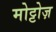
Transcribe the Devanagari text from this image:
मोट्टोज़